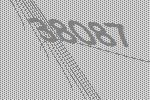
38087